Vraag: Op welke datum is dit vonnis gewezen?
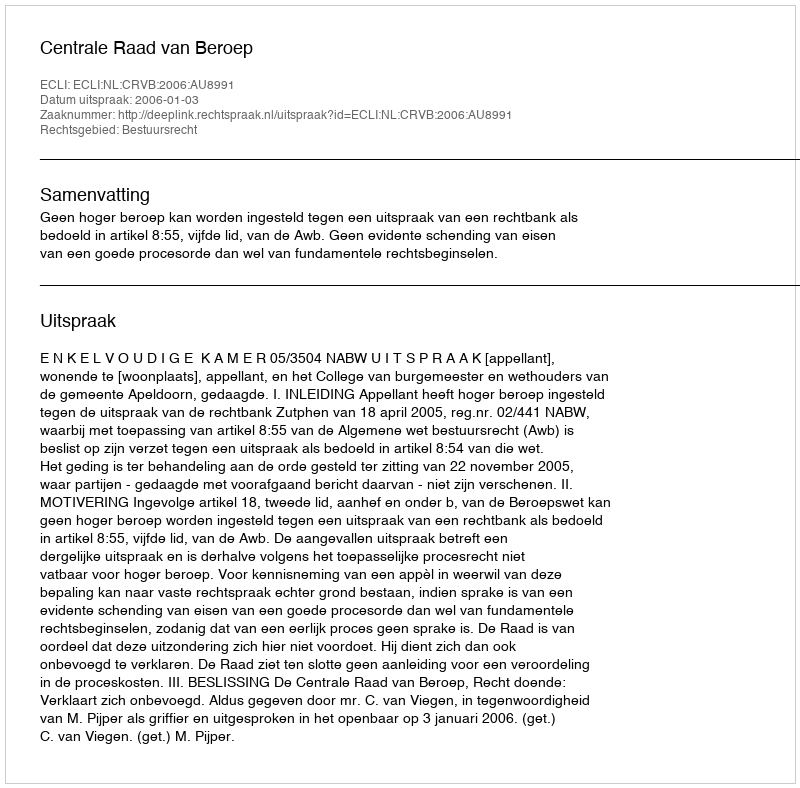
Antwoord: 2006-01-03